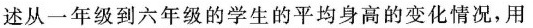
述从一年级到六年级的学生的平均身高的变化情况，用